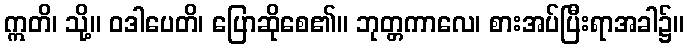
ဣတိ၊ သို့။ ဝဒါပေတိ၊ ပြောဆိုစေ၏။ ဘုတ္တကာလေ၊ စားအပ်ပြီးရာအခါ၌။